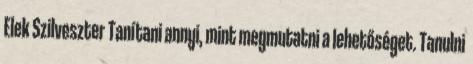
Elek Szilveszter Tanítani annyi, mint megmutatni a lehetőséget. Tanulni